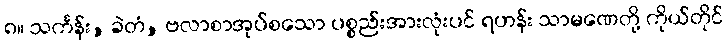
၈။ သင်္ကန်း, ခဲတံ, ဗလာစာအုပ်စသော ပစ္စည်းအားလုံးပင် ရဟန်း သာမဏေတို့ ကိုယ်တိုင်